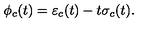
\phi _ { c } ( t ) = \varepsilon _ { c } ( t ) - t \sigma _ { c } ( t ) .